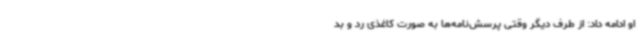
او ادامه داد: از طرف دیگر وقتی پرسش‌نامه‌ها به صورت کاغذی رد و بد